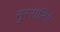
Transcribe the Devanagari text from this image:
नुररांटिंरे